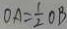
O A = \frac { 1 } { 2 } O B